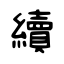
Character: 續